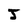
Character: J